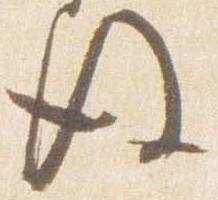
後